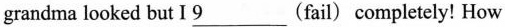
grandma looked but I \underline{9}___(fail) completely! How